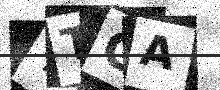
Text: TTGA